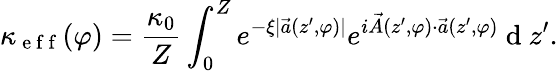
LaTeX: \kappa_{\mathrm{~e~f~f~}}(\varphi)=\frac{\kappa_{0}}{Z}\int_{0}^{Z}e^{-\xi|\vec{a}(z^{\prime},\varphi)|}e^{i\vec{A}(z^{\prime},\varphi)\cdot\vec{a}(z^{\prime},\varphi)}\mathrm{~d~}z^{\prime}.